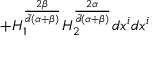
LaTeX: + H _ { 1 } ^ { \frac { 2 \beta } { { \tilde { d } } ( \alpha + \beta ) } } H _ { 2 } ^ { \frac { 2 \alpha } { { \tilde { d } } ( \alpha + \beta ) } } d x ^ { i } d x ^ { i }